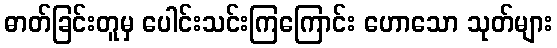
ဓာတ်ခြင်းတူမှ ပေါင်းသင်းကြကြောင်း ဟောသော သုတ်များ